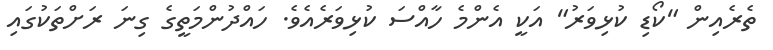
ތެރެއިން "ކޯޑި ކުޅިވަރު" އަކީ އެންމެ ހާއްސަ ކުޅިވަރެއެވެ. ހައްދުންމަތީގެ ގިނަ ރަށްތަކުގައި